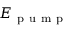
E _ { \mathrm { ~ p ~ u ~ m ~ p ~ } }